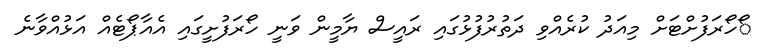
ޯހޯރަފުށްޓަށް މިއަދު ކުރެއްވި ދަތުރުފުޅުގައި ރައީސް ޔާމީން ވަނީ ހޯރަފުށީގައި އެއާޕޯޓެއް އަޅުއްވާނެ